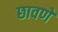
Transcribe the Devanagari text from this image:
छावणे